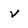
Character: v